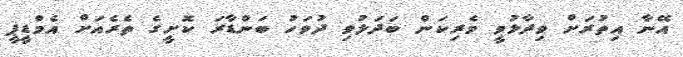
އޭނާ އިތުރަށް ވިދާޅުވީ ވެރިކަން ބަދަލުވި ދުވަހު ބަންޑާރަ ކޮށީގެ ތެރެއަށް އެމްޑީޕީ